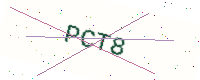
Text: PCT8